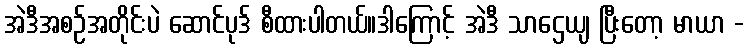
အဲဒီအစဉ်အတိုင်းပဲ ဆောင်ပုဒ် စီထားပါတယ်။ဒါကြောင့် အဲဒီ သာဌေယျ ပြီးတော့ မာယာ -